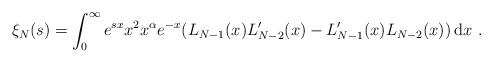
LaTeX: \begin{align*}\xi_{N}(s) = \int_{0}^{\infty}e^{sx}x^{2}x^{\alpha}e^{-x}(L_{N-1}(x)L'_{N-2}(x)-L_{N-1}'(x)L_{N-2}(x))\,\mathrm{d}x\ . \end{align*}